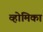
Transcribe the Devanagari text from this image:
व्होमिका